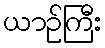
ယာဉ်ကြီး